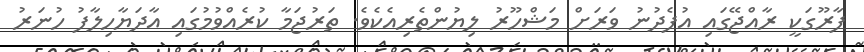
ފާރޫގަކީ ރާއްޖޭގައި އުފެދުނު ވަރަށް މަޝްހޫރު ލިޔުންތެރިއެކެވެ. ތަރުޖަމާ ކުރެއްވުމުގައި އާދަޔާހިލާފު ހުނަރު